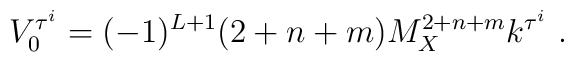
V^{\tau^i}_{0}= (-1)^{L+1}  (2+n+m) M_X^{2+n+m} k^{\tau^i} ~.~\,